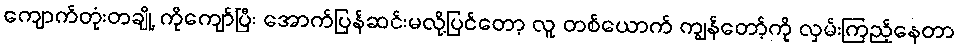
ကျောက်တုံးတချို့ ကိုကျော်ပြီး အောက်ပြန်ဆင်းမလို့ပြင်တော့ လူ တစ်ယောက် ကျွန်တော့်ကို လှမ်းကြည့်နေတာ